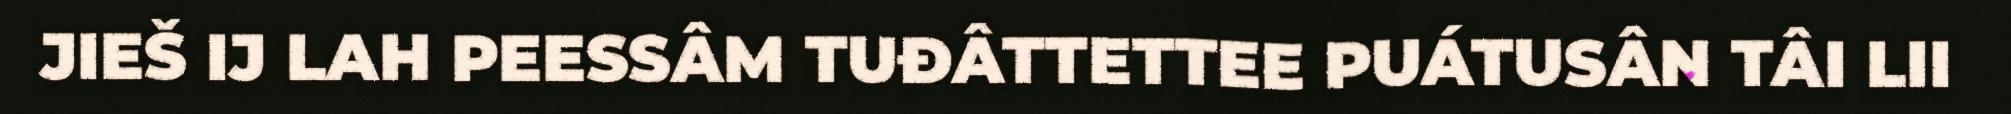
JIEŠ IJ LAH PEESSÂM TUĐÂTTETTEE PUÁTUSÂN TÂI LII